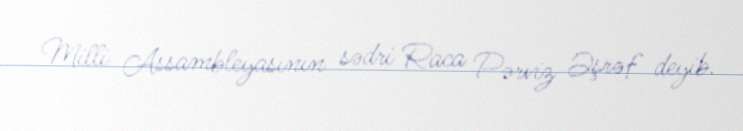
Milli Assambleyasının sədri Raca Pərviz Əşrəf deyib.